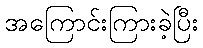
အကြောင်းကြားခဲ့ပြီး